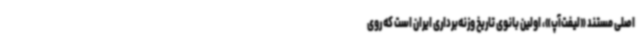
اصلی مستند «لیفت‌آپ»، اولین بانوی تاریخ وزنه‌برداری ایران است که روی